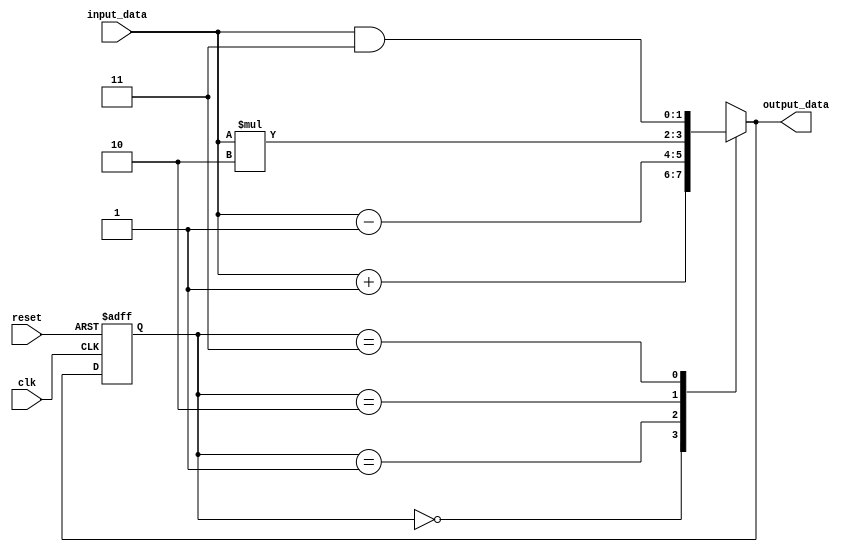
module TwoDimFSM (
    input wire clk,
    input wire reset,
    input wire [1:0] input_data,
    output reg [1:0] output_data
);

// Define State parameters
parameter S0 = 2'b00;
parameter S1 = 2'b01;
parameter S2 = 2'b10;
parameter S3 = 2'b11;

// Define local variables
reg [1:0] current_state, next_state;

// State transition logic
always @ (posedge clk or posedge reset) begin
    if (reset) begin
        current_state <= S0;
    end else begin
        current_state <= next_state;
    end
end

// Next state logic
always @ (*) begin
    case (current_state)
        S0: begin
            // Define transition logic from S0 to other states
            next_state = input_data + 2'b01; // Example transition logic
        end
        S1: begin
            // Define transition logic from S1 to other states
            next_state = input_data - 2'b01; // Example transition logic
        end
        S2: begin
            // Define transition logic from S2 to other states
            next_state = input_data * 2'b10; // Example transition logic
        end
        S3: begin
            // Define transition logic from S3 to other states
            next_state = input_data & 2'b11; // Example transition logic
        end
    endcase
end

// Output logic
always @ (*) begin
    case (current_state)
        S0: begin
            output_data = input_data + 1; // Example output logic for state S0
        end
        S1: begin
            output_data = input_data - 1; // Example output logic for state S1
        end
        S2: begin
            output_data = input_data * 2; // Example output logic for state S2
        end
        S3: begin
            output_data = input_data & 3; // Example output logic for state S3
        end
    endcase
end

endmodule